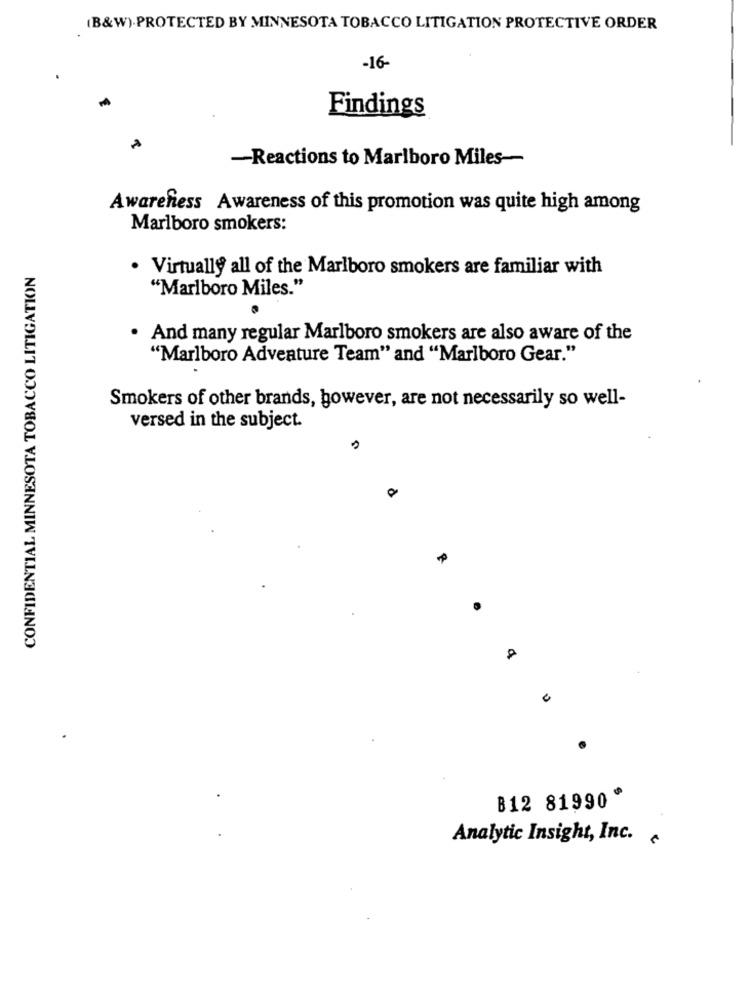
(B&W).PROTECTED BY MINNESOTA TOBACCO LITIGATION PROTECTIVE ORDER
-16-
Findings
-Reactions to Marlboro Miles-
Awareness Awareness of this promotion was quite high among
Marlboro smokers:
CONFIDENTIAL MINNESOTA TOBACCO LITIGATION
· Virtually all of the Marlboro smokers are familiar with
"Marlboro Miles."
. And many regular Marlboro smokers are also aware of the
"Marlboro Adventure Team" and "Marlboro Gear."
Smokers of other brands, however, are not necessarily so well-
versed in the subject.
A
B12 81990
Analytic Insight, Inc.